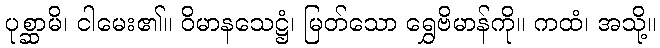
ပုစ္ဆာမိ၊ ငါမေး၏။ ဝိမာနသေဋ္ဌံ၊ မြတ်သော ရွှေဗိမာန်ကို။ ကထံ၊ အသို့။